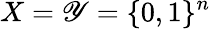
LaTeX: X=\mathscr{Y}=\{ 0,1\} ^{n}